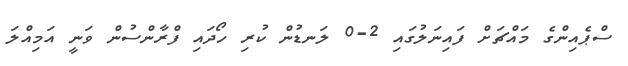
ސްޕެއިންގެ މައްޗަށް ފައިނަލުގައި 2-0 ލަނޑުން ކުރި ހޯދައި ފްރާންސުން ވަނީ އަމިއްލަ